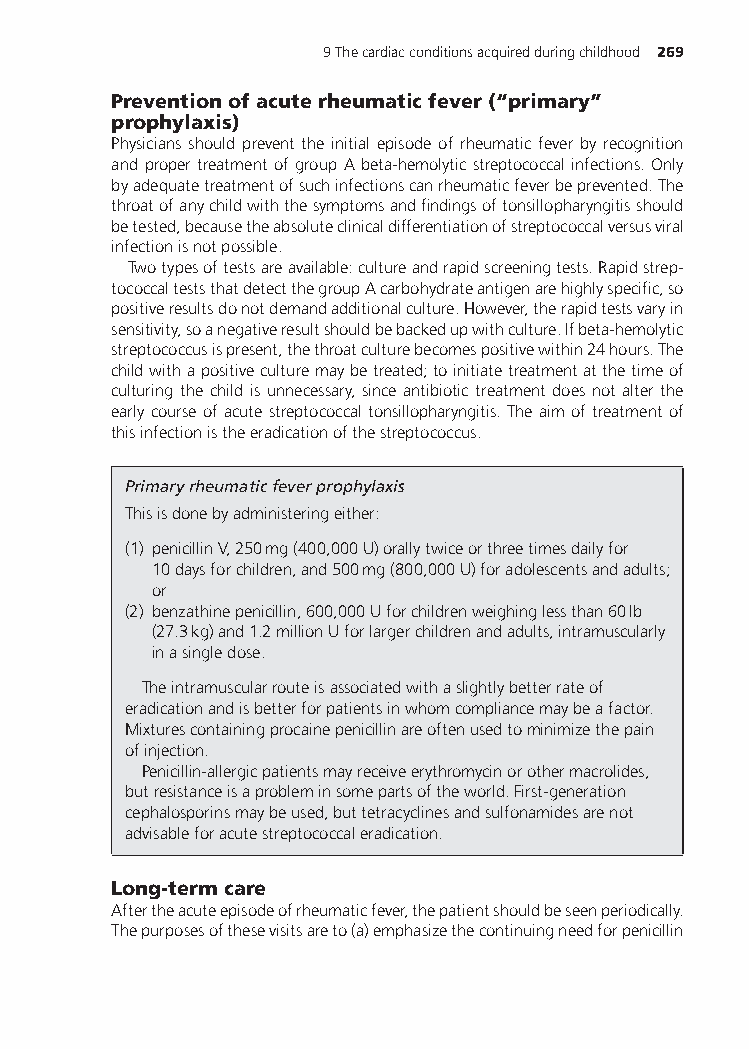
9Thecardiacconditionsacquiredduringchildhood 269
 Preventionofacuterheumaticfever(“primary”
 prophylaxis)
 Physicians should prevent the initial episode of rheumatic fever by recognition
 and proper treatment of group A beta-hemolytic streptococcal infections. Only
 byadequatetreatmentofsuchinfectionscanrheumaticfeverbeprevented.The
 throatofanychildwiththesymptomsandfindingsoftonsillopharyngitisshould
 betested,becausetheabsoluteclinicaldifferentiationofstreptococcalversusviral
 infectionisnotpossible.
 Twotypesoftestsareavailable:cultureandrapidscreeningtests.Rapidstrep-
 tococcalteststhatdetectthegroupAcarbohydrateantigenarehighlyspecific,so
 positiveresultsdonotdemandadditionalculture.However,therapidtestsvaryin
 sensitivity,soanegativeresultshouldbebackedupwithculture.Ifbeta-hemolytic
 streptococcusispresent,thethroatculturebecomespositivewithin24hours.The
 childwithapositiveculturemaybetreated;toinitiatetreatmentatthetimeof
 culturing the child is unnecessary, since antibiotic treatment does not alter the
 earlycourseofacutestreptococcaltonsillopharyngitis.Theaimoftreatmentof
 thisinfectionistheeradicationofthestreptococcus.
 Primaryrheumaticfeverprophylaxis
 Thisisdonebyadministeringeither:
 (1) penicillinV,250mg(400,000U)orallytwiceorthreetimesdailyfor
 10daysforchildren,and500mg(800,000U)foradolescentsandadults;
 or
 (2) benzathinepenicillin,600,000Uforchildrenweighinglessthan60lb
 (27.3kg)and1.2millionUforlargerchildrenandadults,intramuscularly
 inasingledose.
 Theintramuscularrouteisassociatedwithaslightlybetterrateof
 eradicationandisbetterforpatientsinwhomcompliancemaybeafactor.
 Mixturescontainingprocainepenicillinareoftenusedtominimizethepain
 ofinjection.
 Penicillin-allergicpatientsmayreceiveerythromycinorothermacrolides,
 butresistanceisaprobleminsomepartsoftheworld.First-generation
 cephalosporinsmaybeused,buttetracyclinesandsulfonamidesarenot
 advisableforacutestreptococcaleradication.
 Long-termcare
 Aftertheacuteepisodeofrheumaticfever,thepatientshouldbeseenperiodically.
 Thepurposesofthesevisitsareto(a)emphasizethecontinuingneedforpenicillin